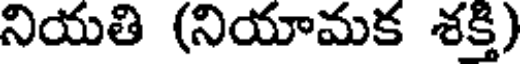
నియతి (నియామక శక్తి)